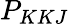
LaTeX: P_{KKJ}